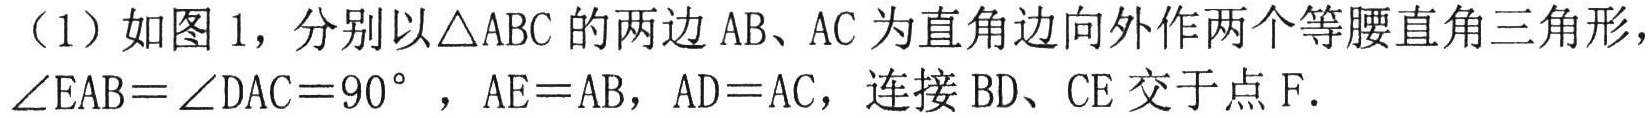
（1）如图1，分别以\(\triangle ABC\)的两边\(AB、AC\)为直角边向外作两个等腰直角三角形，\(\angle EAB=\angle DAC = 90^{\circ}\)，\(AE = AB\)，\(AD = AC\)，连接\(BD、CE\)交于点\(F\).